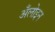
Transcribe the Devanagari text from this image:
अँलोइन